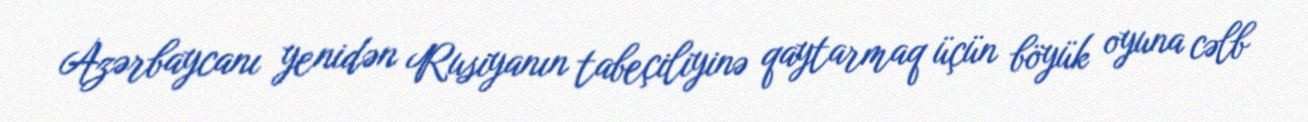
Azərbaycanı yenidən Rusiyanın tabeçiliyinə qaytarmaq üçün böyük oyuna cəlb